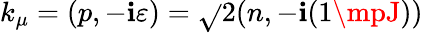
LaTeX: k_{\mu}=(p,-\mathbf{i}\varepsilon)=\sqrt{}{{2}}(n,-\mathbf{i}(1\mpJ))